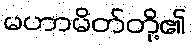
မဟာမိတ်တို့၏